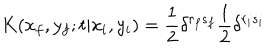
K ( x _ { f } , y _ { f } ; t | x _ { i } , y _ { i } ) = \frac { 1 } { 2 } \delta ^ { r _ { f } s _ { f } } \frac { 1 } { 2 } \delta ^ { r _ { i } s _ { i } }